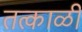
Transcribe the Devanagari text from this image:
तत्काळी